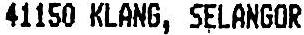
41150 KLANG, SELANGOR